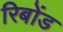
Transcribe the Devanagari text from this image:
रिबोंड